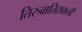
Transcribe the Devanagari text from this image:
तिरुवातिराकली